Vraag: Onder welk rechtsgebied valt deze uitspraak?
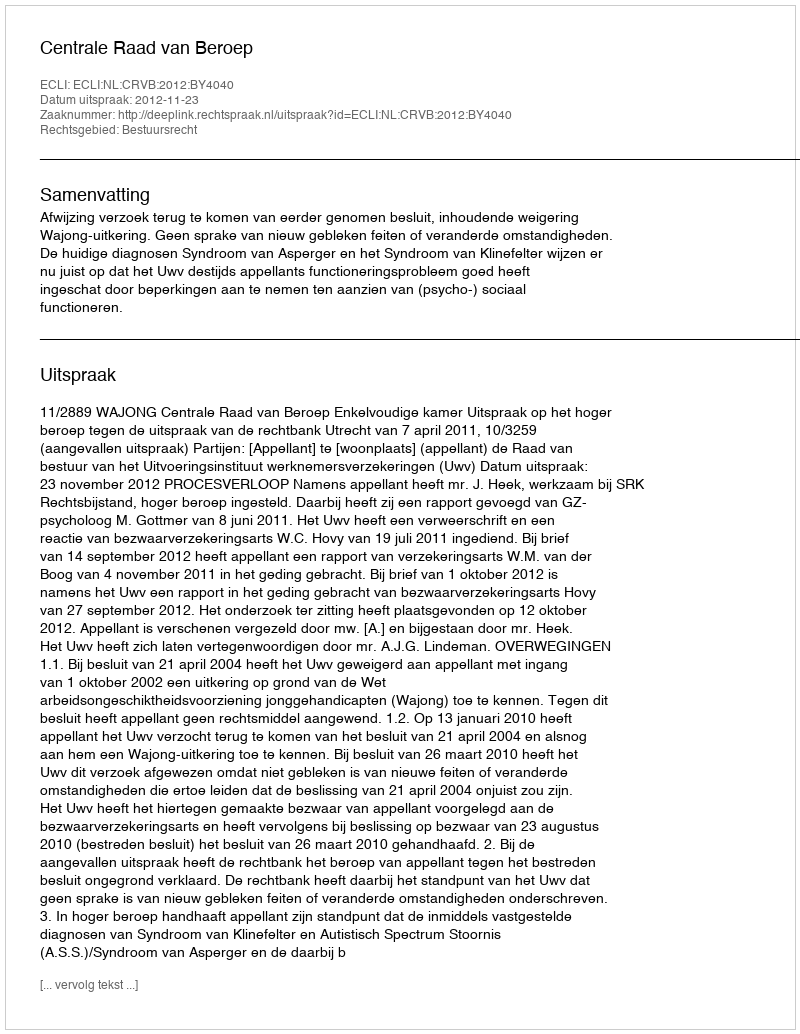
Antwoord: Bestuursrecht